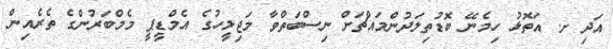
އަދި ށ. އަތޮޅު ހިމެނޭ ބޮޑުތިލަދުންމައްޗަށް ނިސްބަތްވާ މަޖިލީހުގެ އެމްޑީޕީ މެމްބަރުންގެ ތެރެއިން